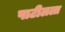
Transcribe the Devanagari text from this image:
पाटीलला